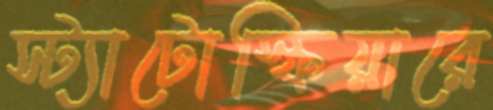
স্ট্যাটোস্ফিয়ারে